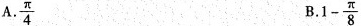
A. \frac{\pi}{4} B.$$1- \frac{\pi}{8}$$